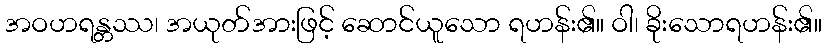
အဝဟရန္တဿ၊ အယုတ်အားဖြင့် ဆောင်ယူသော ရဟန်း၏။ ဝါ၊ ခိုးသောရဟန်း၏။